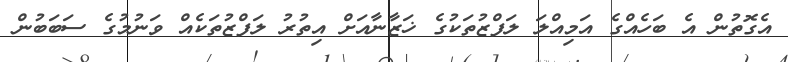
އެގޮތުން އެ ބަހެއްގެ އަމިއްލަ ލަފްޒުތަކުގެ ޚަޒާނާއަށް އިތުރު ލަފްޒުތަކެއް ވަނުމުގެ ސަބަބުން